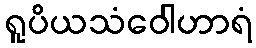
ရူပိယသံဝေါဟာရံ